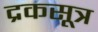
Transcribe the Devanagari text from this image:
द्रकसूत्र